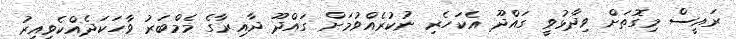
ރައީސް މިގޮތަށް ވިދާޅުވީ ގައްދޫ އެކަހެރި ނުކުރެއްވުމަށް ގައްދޫ ދާއިރާގެ މެމްބަރު ވާހަކަދެއްކެވިއިރު